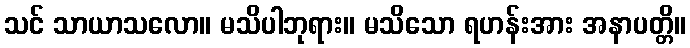
သင် သာယာသလော။ မသိပါဘုရား။ မသိသော ရဟန်းအား အနာပတ္တိ။